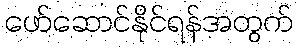
ဖော်ဆောင်နိုင်ရန်အတွက်